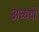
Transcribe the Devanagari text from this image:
अध्ययों